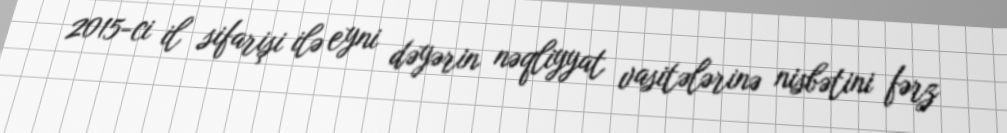
2015-ci il sifarişi ilə eyni dəyərin nəqliyyat vasitələrinə nisbətini fərz